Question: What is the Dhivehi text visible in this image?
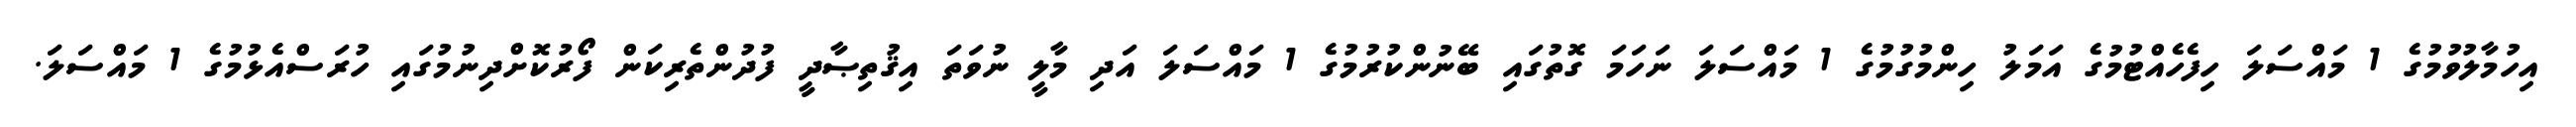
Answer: އިހުމާލުވުމުގެ 1 މައްސަލަ ހިފެހެއްޓުމުގެ އަމަލު ހިންމުގުމުގެ 1 މައްސަލަ ނަހަމަ ގޮތުގައި ބޭނުންކުރުމުގެ 1 މައްސަލަ އަދި މާލީ ނުވަތަ އިޤުތިޞާދީ ފުދުންތެރިކަން ފޯރުކޮށްދިނުމުގައި ހުރަސްއެޅުމުގެ 1 މައްސަލަ.